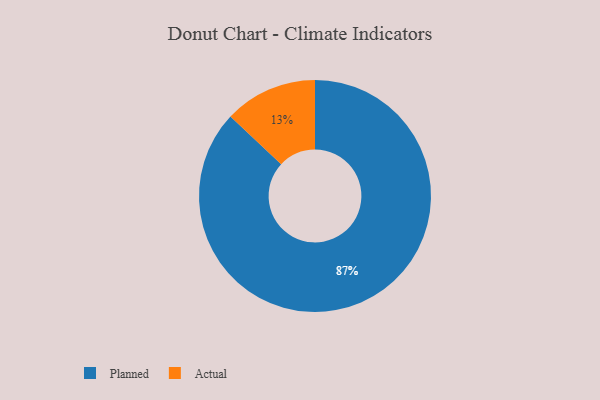
{"axis": {"x": "Category", "y": "Percentage"}, "legend": ["Actual", "Planned"], "data": [{"x": "Planned", "y": 87, "type": "Planned"}, {"x": "Actual", "y": 13, "type": "Actual"}]}